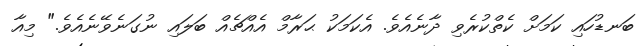
ބަނޑުހައި ކަމަށް ކެތްކުރެވި ދާނެއެވެ. އެކަމަކު ޙަރާމް އެއްޗެއް ބަލައި ނުގަނެވޭނެއެވެ." މިއާ